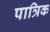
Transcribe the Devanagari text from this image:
पात्रिक